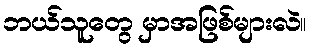
ဘယ်သူတွေ မှာအဖြစ်များလဲ။